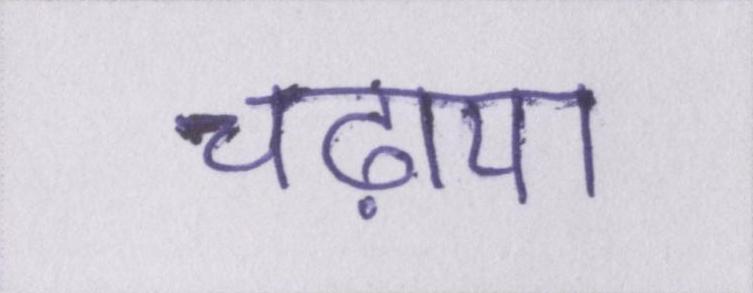
चढ़ाया